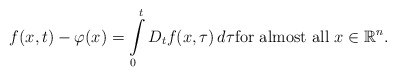
\begin{align*}f(x,t)-\varphi(x)=\int\limits_{0}^{t}D_{t}f(x,\tau)\,d\tau \hbox{for almost all } x \in \mathbb{R}^{n}.\end{align*}